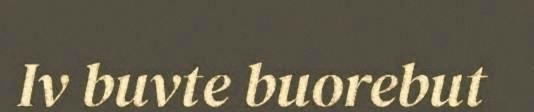
Iv buvte buorebut